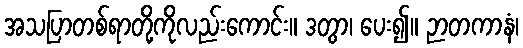
အသပြာတစ်ရာတို့ကိုလည်းကောင်း။ ဒတွာ၊ ပေး၍။ ဉာတကာနံ၊